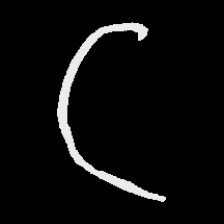
Pyu character \u2014 Myanmar letter: ဋ (romanized: tta)